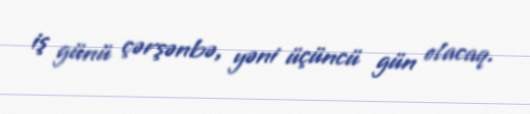
iş günü çərşənbə, yəni üçüncü gün olacaq.